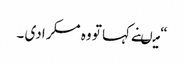
“ میںنے کہا تو وہ مسکرا دی ۔